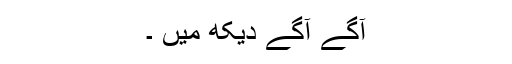
آگے آگے دیکھ میں ۔